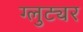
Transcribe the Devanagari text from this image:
ग्लुट्यर